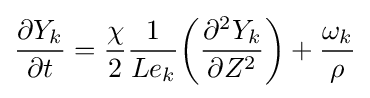
{\partial Y_{k} \over \partial t}={\chi  \over 2}{1 \over Le_{k}}{\biggl (}{\partial ^{2}Y_{k} \over \partial Z^{2}}{\biggr )}+{\omega _{k} \over \rho }